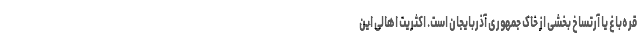
قره‌باغ یا آرتساخ بخشی از خاک جمهوری آذربایجان است. اکثریت اهالی این